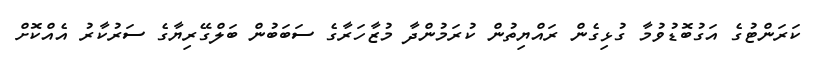
ކަރަންޓުގެ އަގުބޮޑުވުމާ ގުޅިގެން ރައްޔިތުން ކުރަމުންދާ މުޒާހަރާގެ ސަބަބުން ބަލްގޭރިޔާގެ ސަރުކާރު އެއްކޮށް